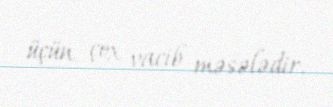
üçün çox vacib məsələdir.